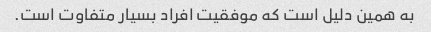
به همین دلیل است که موفقیت افراد بسیار متفاوت است.